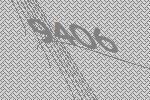
9406